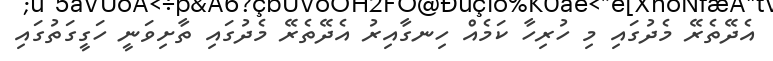
އެދޭތެރޭ މެދުގައި މި ހުރިހާ ކަމެއް ހިނގާއިރު އެދޭތެރޭ މެދުގައި ތާށިވަނީ ހަގީގަތުގައި